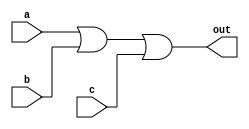
module or1x3_1 (/*AUTOARG*/
   // Outputs
   out,
   // Inputs
   a, b, c
   ) ;
   input a, b, c;
   output out;
   wire   o0;

   or or0(o0, a, b);
   or or1(out, o0, c);

endmodule // or1x3_1